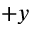
+ y